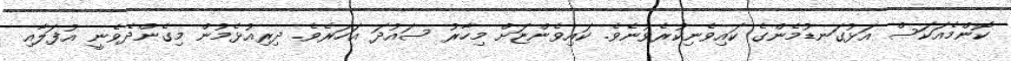
ކޮންމެއަކަސް އަޅުގަނޑުމެންގެ ކައިވެނިކުރެވުނެވެ. ކައިވެންޏަށް މިހާރު ސައުދަ އަހަރެވެ. ދިރިއުޅެމުން މިގެންދެވެނީ އުފަލާއި